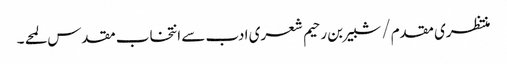
منتظری مقدم/شبیر بن رحیم شعری ادب سے انتخاب مقدس لمحے ۔